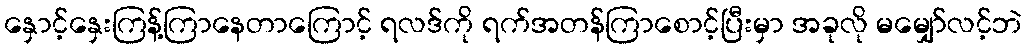
နှောင့်နှေးကြန့်ကြာနေတာကြောင့် ရလဒ်ကို ရက်အတန်ကြာစောင့်ပြီးမှာ အခုလို မမျှော်လင့်ဘဲ